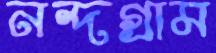
নন্দগ্রাম